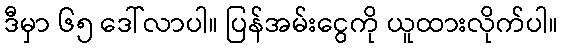
ဒီမှာ ၆၅ ဒေါ်လာပါ။ ပြန်အမ်းငွေကို ယူထားလိုက်ပါ။